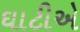
ઘાટીએ